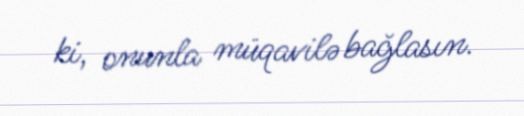
ki, onunla müqavilə bağlasın.